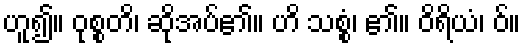
ဟူ၍။ ဝုစ္စတိ၊ ဆိုအပ်၏။ ဟိ သစ္စံ၊ ၏။ ဝိရိယံ၊ ဝ်။